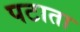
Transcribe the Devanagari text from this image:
पटाता